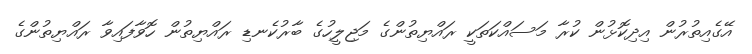
އޭގެއިތުރުން އިދިކޮޅުން ކުރާ މަސައްކަތަކީ ރައްޔިތުންގެ މަޖިލީހުގެ ބާރުކެނޑި ރައްޔިތުން ހޮވާފައިވާ ރައްޔިތުންގެ